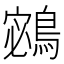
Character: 𪂁